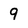
Character: 9